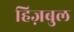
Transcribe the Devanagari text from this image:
हिज़बुल